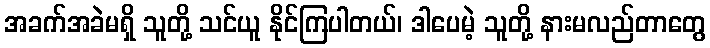
အခက်အခဲမရှိ သူတို့ သင်ယူ နိုင်ကြပါတယ်၊ ဒါပေမဲ့ သူတို့ နားမလည်တာတွေ